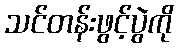
သင်တန်းဖွင့်ပွဲကို